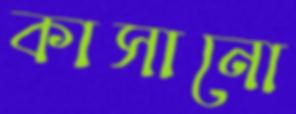
কাসানো